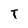
Character: T